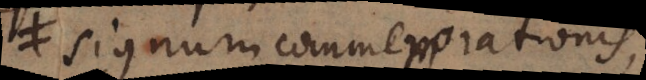
signum commemorationis,